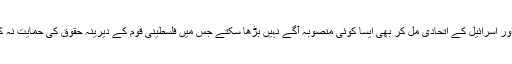
امریکا اور اسرائیل کے اتحادی مل کر بھی ایسا کوئی منصوبہ آگے نہیں بڑھا سکتے جس میں فلسطینی قوم کے دیرینہ حقوق کی حمایت نہ کی گئی۔